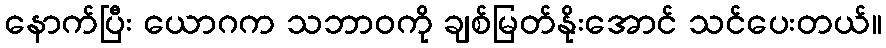
နောက်ပြီး ယောဂက သဘာဝကို ချစ်မြတ်နိုးအောင် သင်ပေးတယ်။